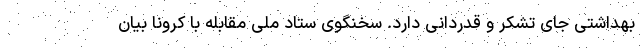
بهداشتی جای تشکر و قدردانی دارد. سخنگوی ستاد ملی مقابله با کرونا بیان